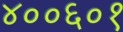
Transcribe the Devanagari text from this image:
४००६०१